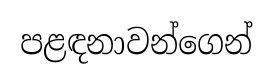
පළඳනාවන්ගෙන්